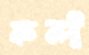
ফন্দী